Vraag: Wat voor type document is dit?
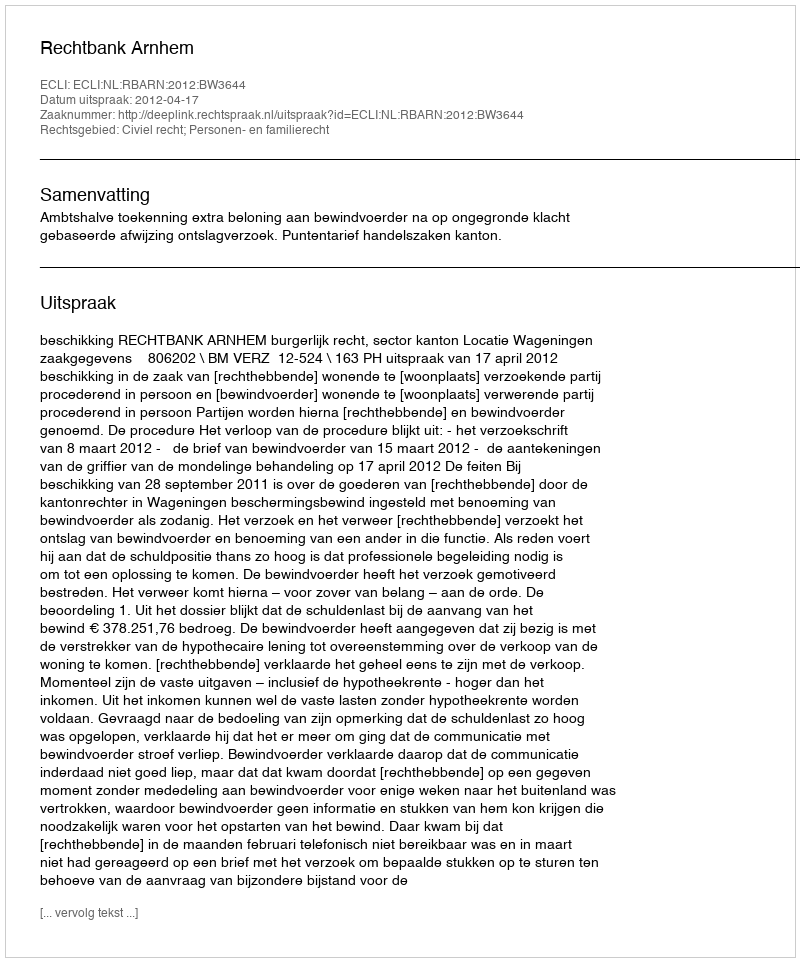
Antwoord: Uitspraak